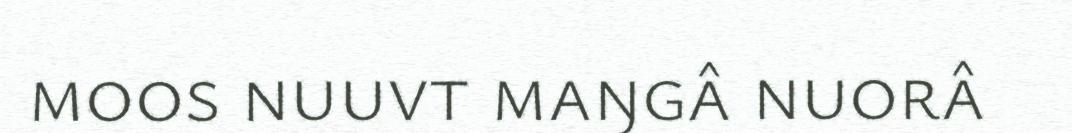
moos nuuvt maŋgâ nuorâ